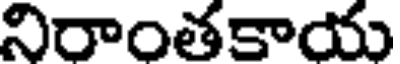
నిరాంతకాయ